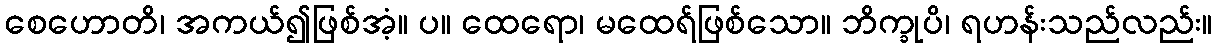
စေဟောတိ၊ အကယ်၍ဖြစ်အံ့။ ပ။ ထေရော၊ မထေရ်ဖြစ်သော။ ဘိက္ခုပိ၊ ရဟန်းသည်လည်း။